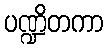
ပဏ္ဍိတကာ